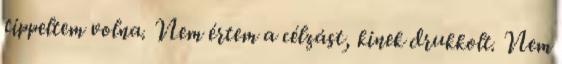
tippeltem volna. Nem értem a célzást, kinek drukkolt. Nem